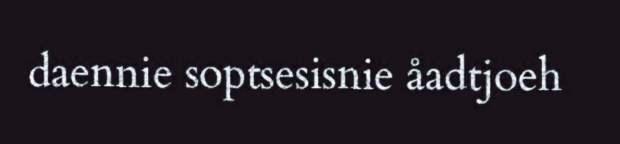
daennie soptsesisnie åadtjoeh